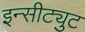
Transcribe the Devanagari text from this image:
इन्सीट्युट